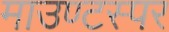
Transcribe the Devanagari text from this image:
माउण्टस्पर